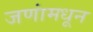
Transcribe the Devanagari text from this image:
जणांमधून